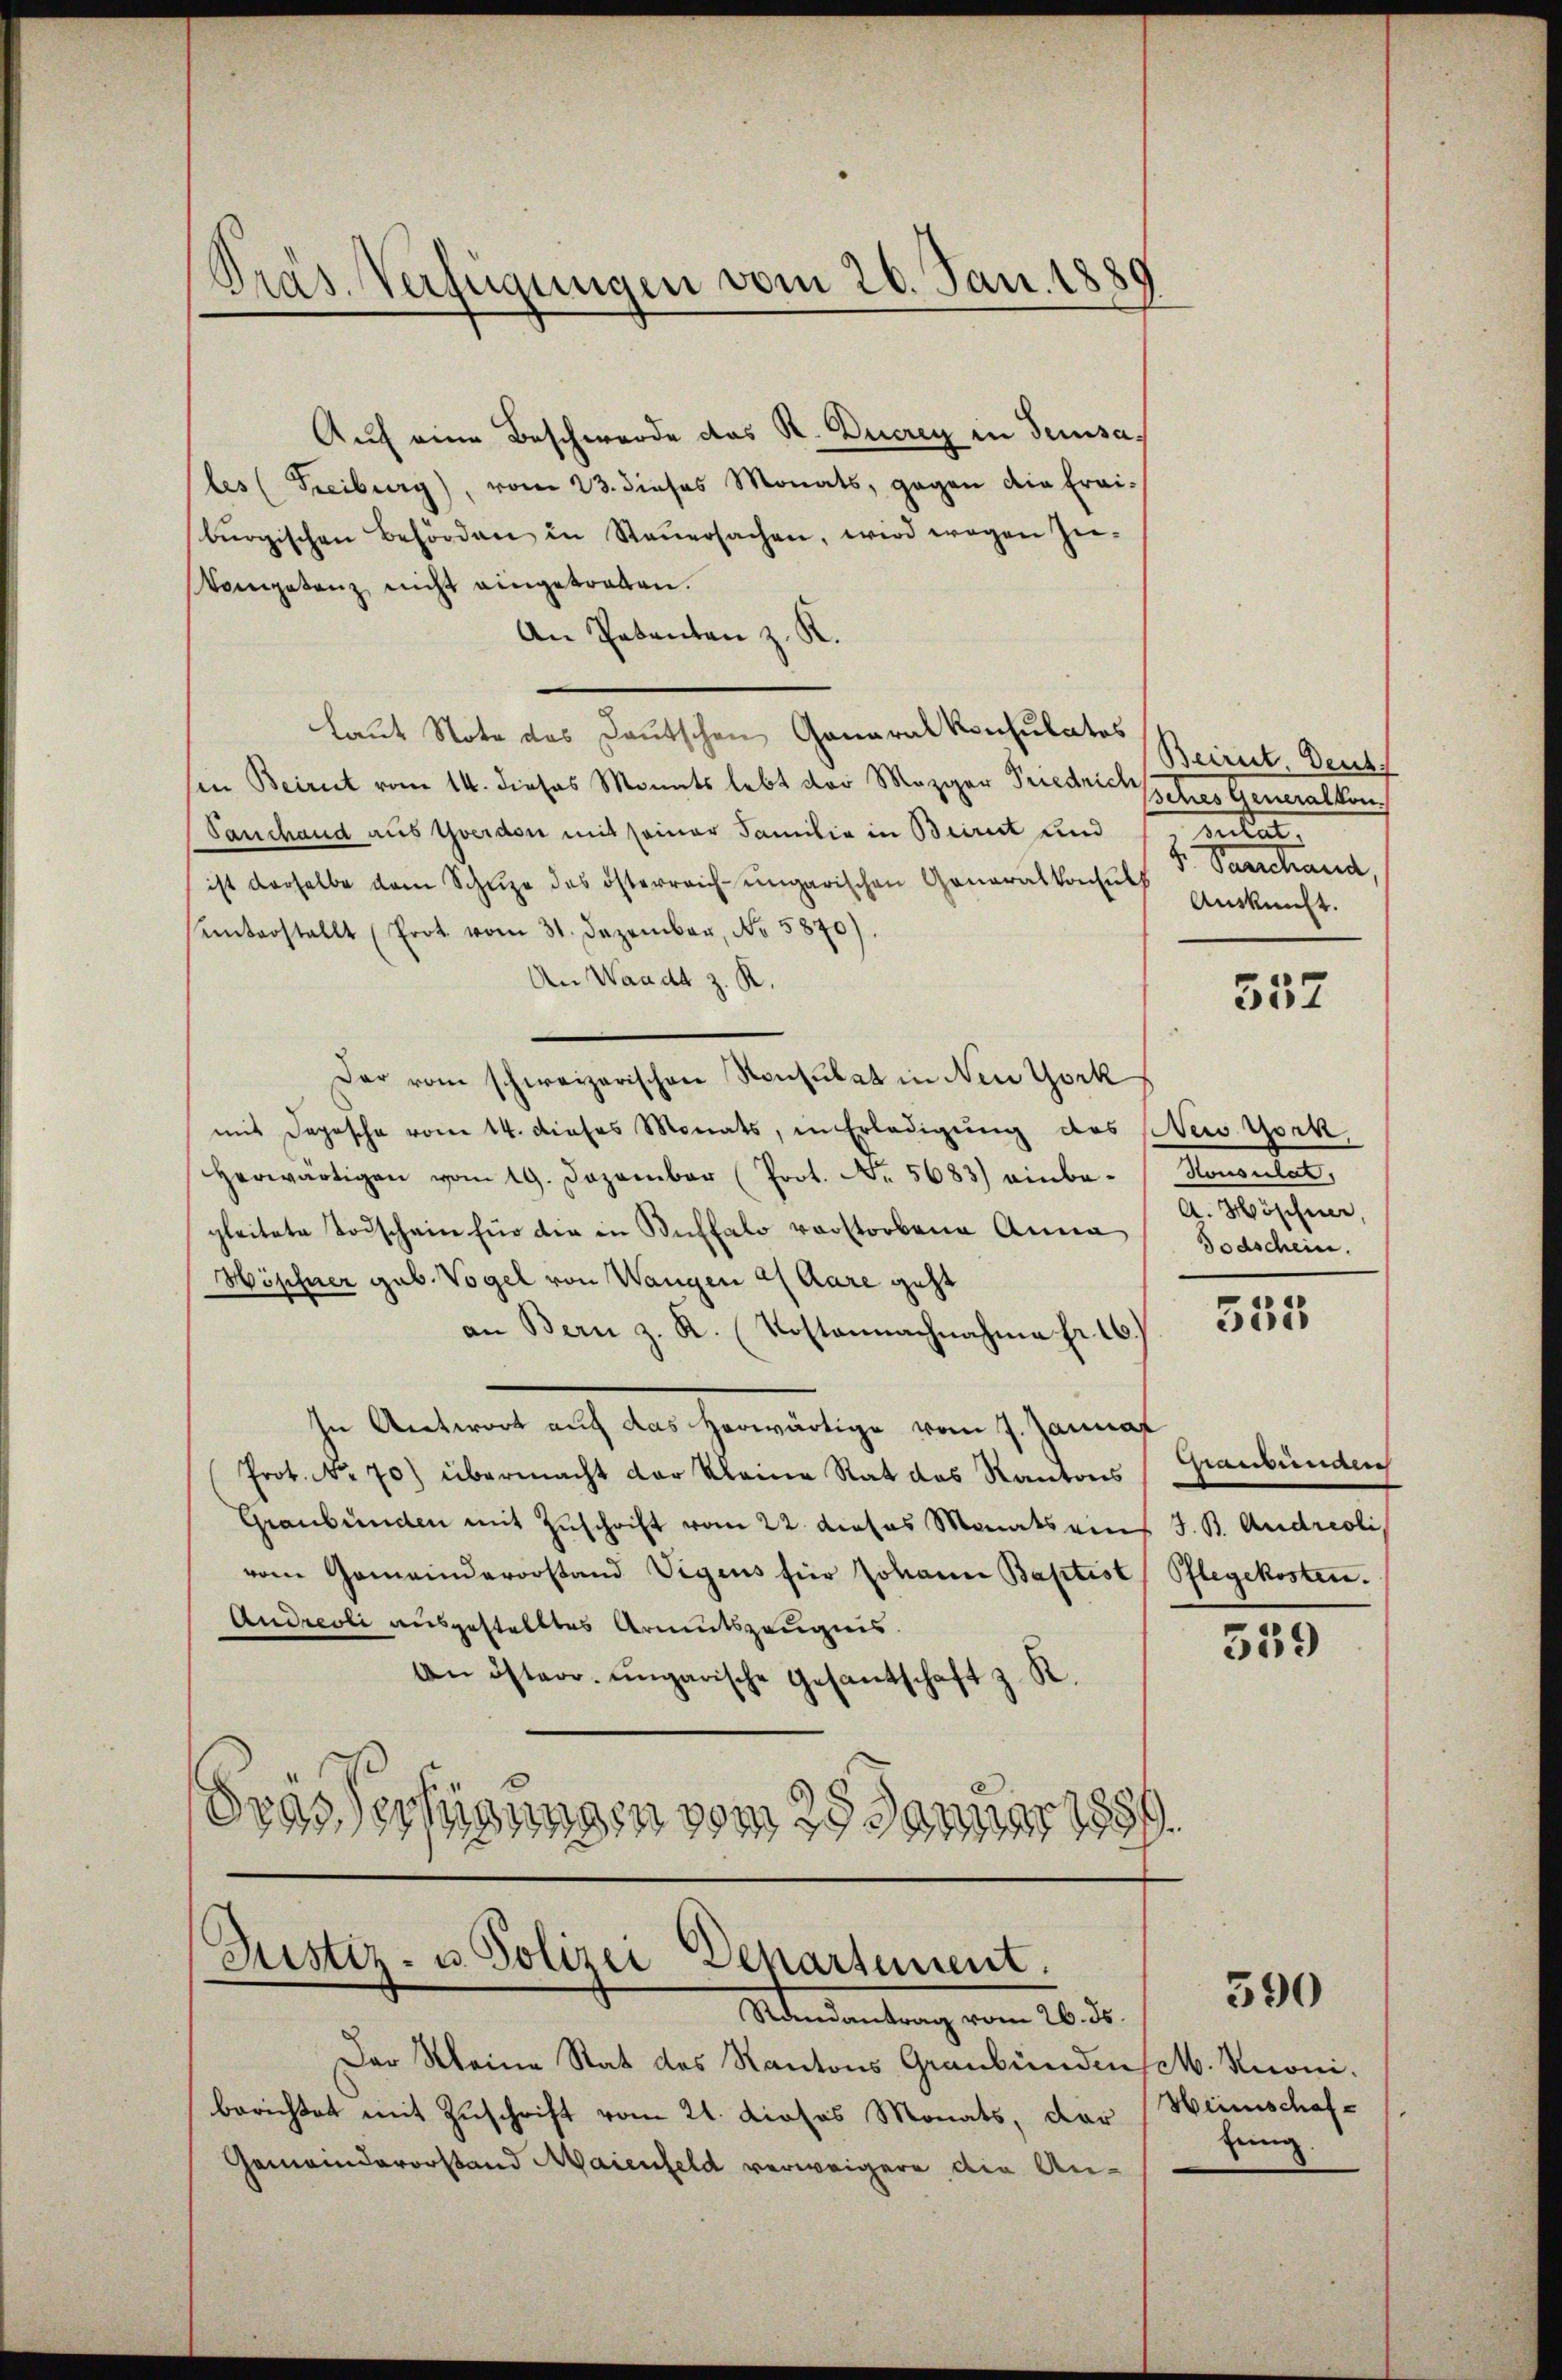
Präs. Verfügungen vom 26. Jan. 1880

Auf eine Beschwerde das R. Ducrey in Sensa¬
(les (Freiburg), vom 23. dieses Monats, gegen die frai-
bürgischen Behörden in Steŭersachen, wird wegen Zu-
Vompetenz nicht eingetraten.
An Patenten z. K.
Laut Note des Deutschen Generalkonsulatos
in Beirut vom 14. dieses Monats lebt der Mezger Friedrich ihres Generalkons
Tauchand aus Yverdon mit seiner Familia in Beirut und
ist derselbe dem Schŭle des österreich-ungarischen Generalkonsul Ankunft.
unterstellt (Prot. vom 31. Dezember, No 5870)
An Waadt z. R.
Der vom schweizerischen Konsulat in Neu York
mit Depesche vom 14. dieses Monats, in Erledigung des (es York
Herwärtigen vom 19. Dezember (Prot. No. 5683) einbe-Konsulat,
gleitete Todschein für die in Ruffalo vorstorbene Anna Todschein.
Höpfner geb. Vogel von Wangen 21 Aare geht
an Bern z. K. Kostennachnahme fr. 16.
In Antwort auf das herwärtige vom 7. Janna
Prot. No. 70) übermacht der kleine Rat das Kantons
Graubünden mit Zuschrift vom 22. dieses Monatsans J. B. Andreoli,
vom Gemeindevorstand Vigens für Johann Baptist Pflegekosten.
Andreoli ausgestelltes Armutszeugnis.
An österr. ungarische Gesantschaft z. R.
Grässertigungen vom 25. Januar 1889.

Justiz- u. Polizei Departement.
Randantrag vom 26. ds.

Der Meine Rat des Kantons Graubünden sch. Knoniberichtet mit Zuschrift vom 21. Liosos Monats, dar
Gemeindevorstand Maienfeld verweigere die An¬

Beirut. Deuts
Rat
v. Sanctand

A. Höschener,

557

Mantenaue

559

390

535

Weinschaftung